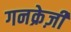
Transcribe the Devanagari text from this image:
गनक्रेज़ी